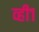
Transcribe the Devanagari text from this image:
व्ही१